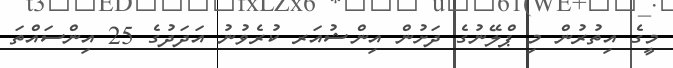
މީގެ އިތުރުން މި ޕްލޭނުގެ ދަށުން އިންޝުއަރ ކުރެވުނު އަދަދުގެ 25 އިންސައްތަ